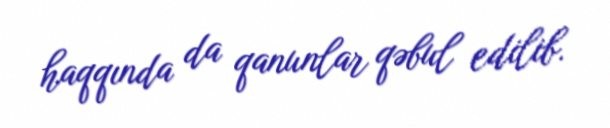
haqqında da qanunlar qəbul edilib.